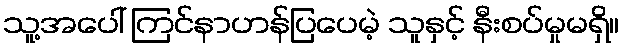
သူ့အပေါ် ကြင်နာဟန်ပြပေမဲ့ သူနှင့် နီးစပ်မှုမရှိ။